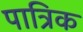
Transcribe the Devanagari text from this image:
पात्रिक